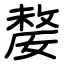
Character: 嫠